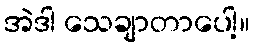
အဲဒါ သေချာတာပေါ့။